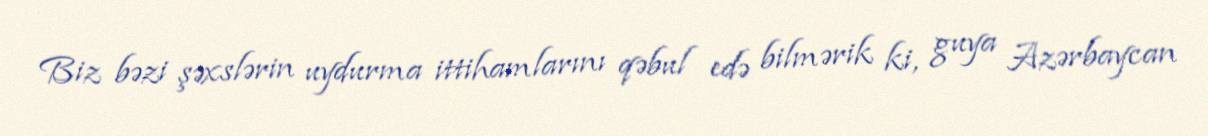
Biz bəzi şəxslərin uydurma ittihamlarını qəbul edə bilmərik ki, guya Azərbaycan